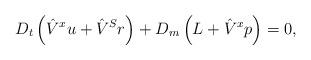
LaTeX: \begin{align*}D_t\left(\hat{V}^x u+\hat{V}^S r\right)+D_m\left(L+\hat{V}^x p\right)=0, \end{align*}